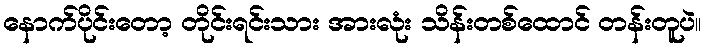
နောက်ပိုင်းတော့ တိုင်းရင်းသား အားလုံး သိန်းတစ်ထောင် တန်းတူပဲ။